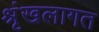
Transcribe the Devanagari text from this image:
श्रृंखलागत